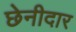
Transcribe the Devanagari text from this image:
छेनीदार